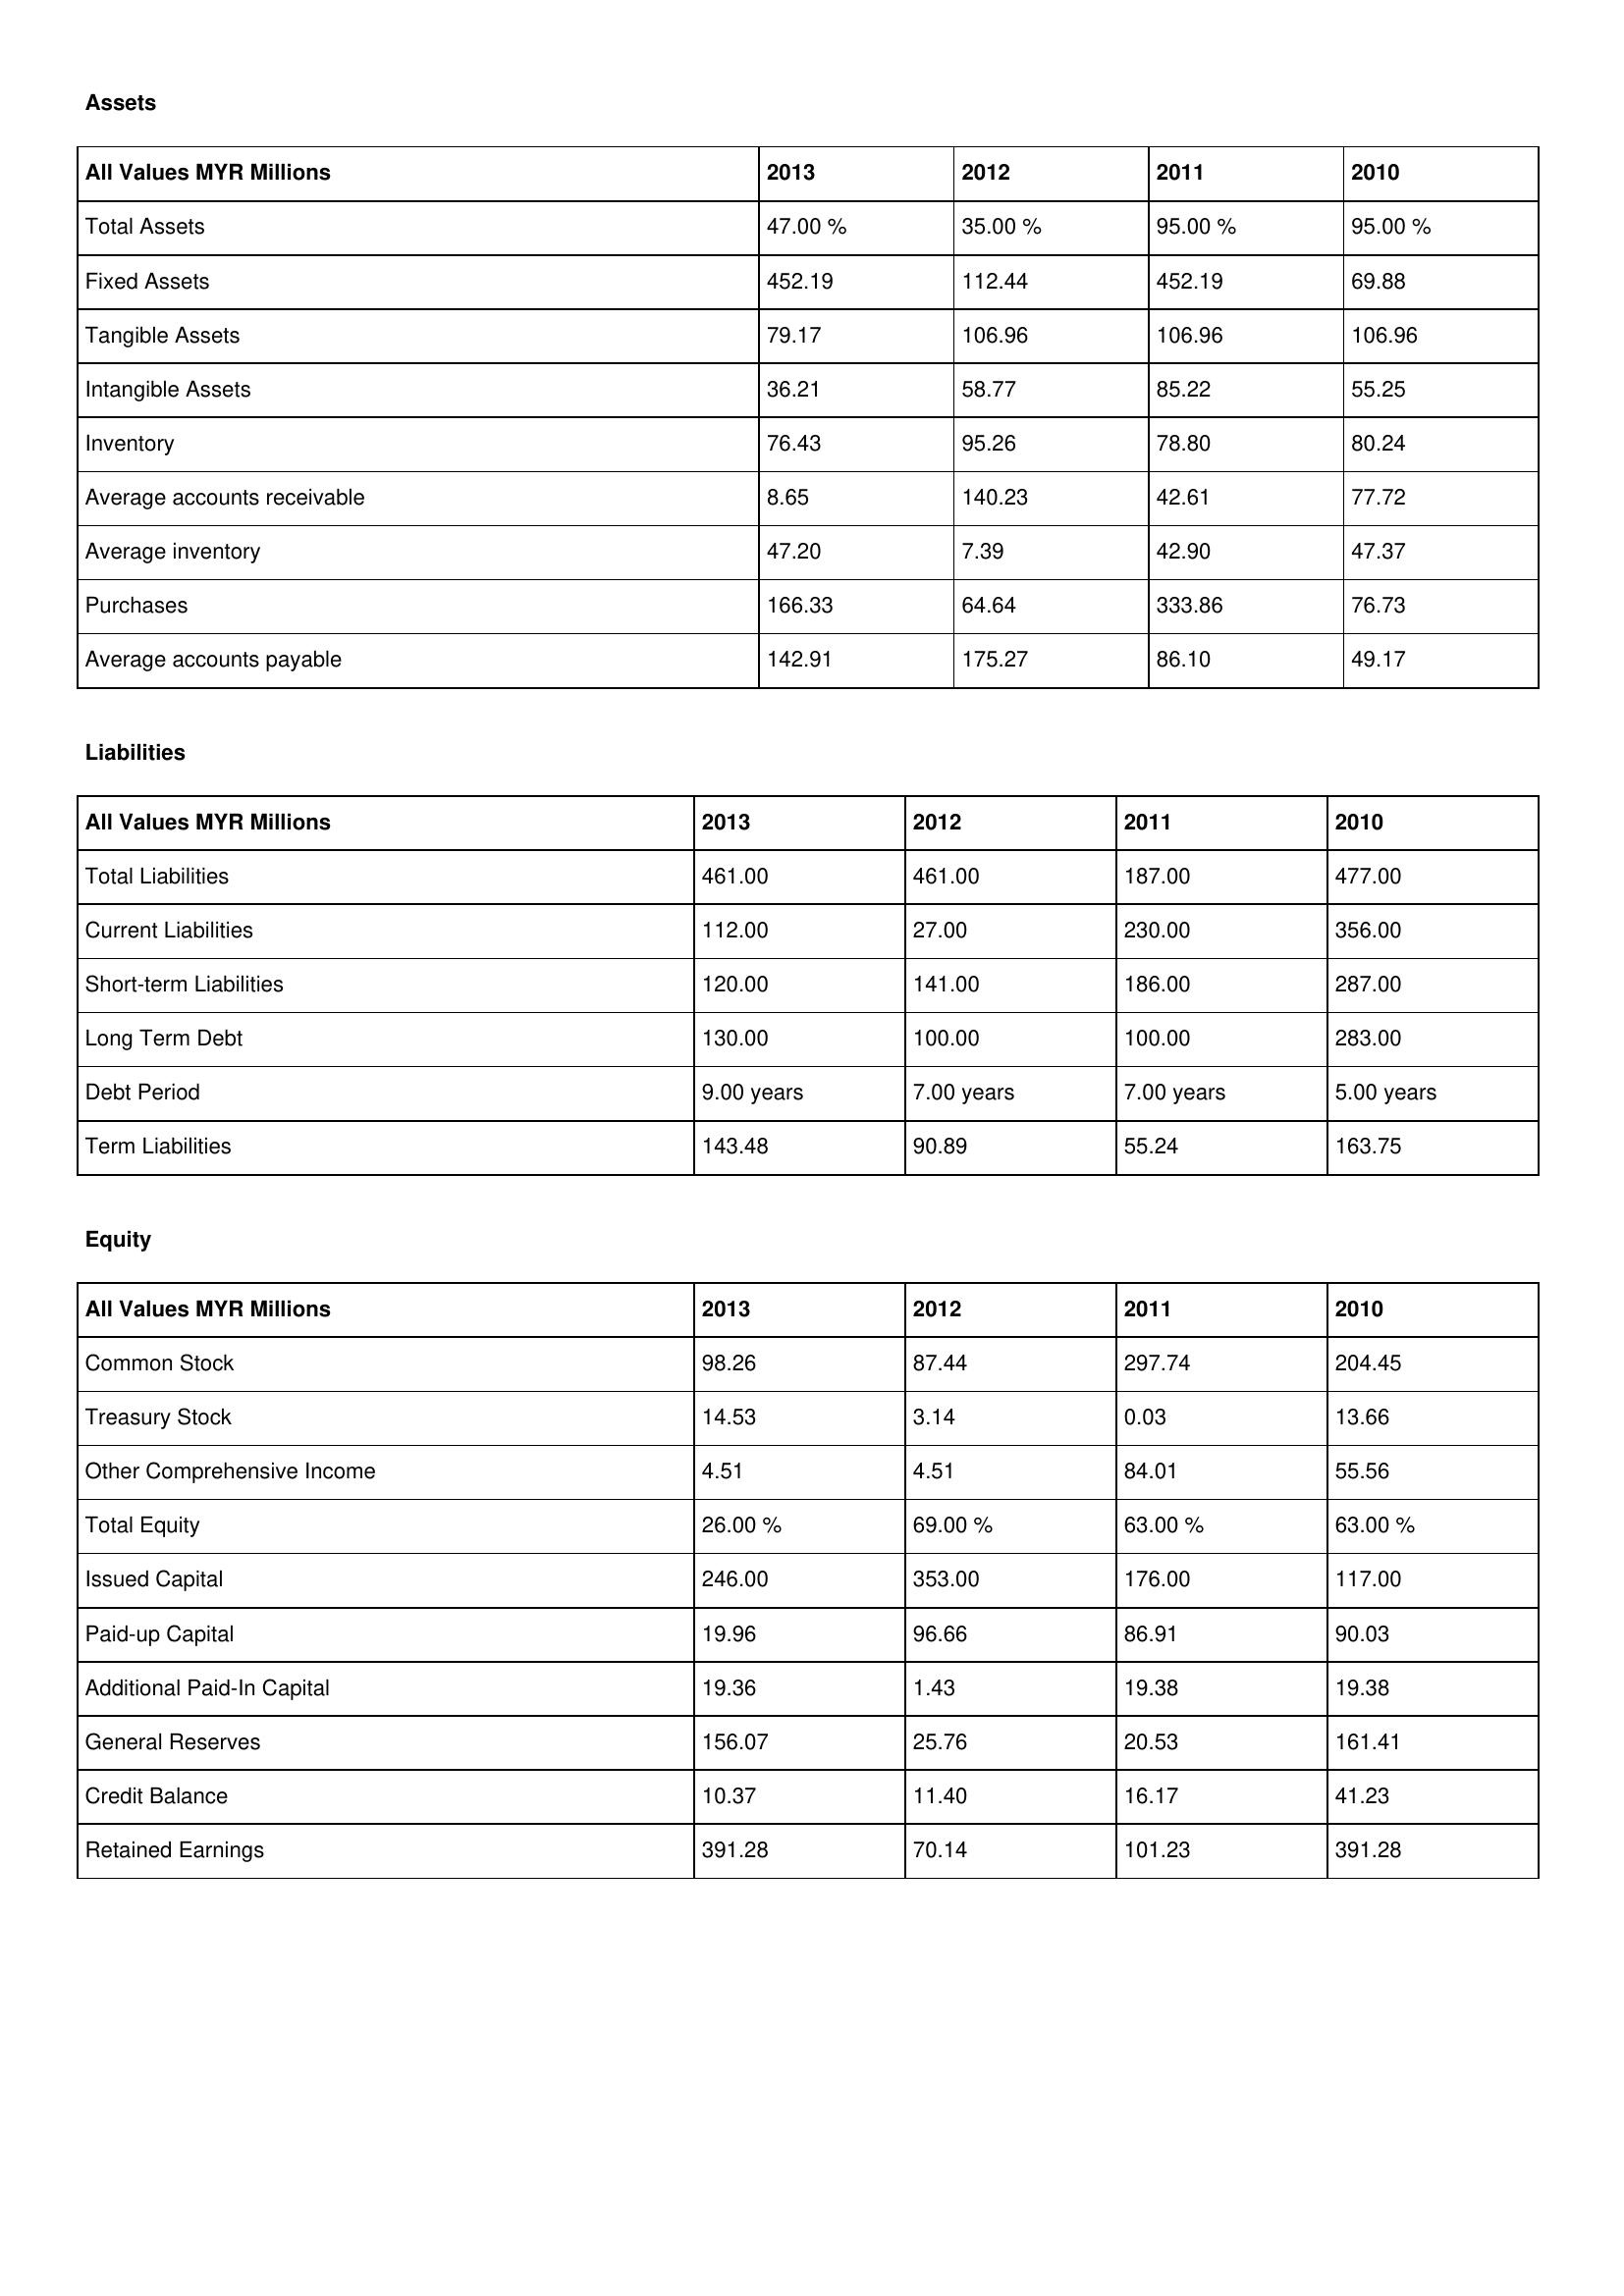
gt_parse: 2013: Assets: Total Assets: 47.00 %
Fixed Assets: 452.19
Tangible Assets: 79.17
Intangible Assets: 36.21
Inventory: 76.43
Average accounts receivable: 8.65
Average inventory: 47.20
Purchases: 166.33
Average accounts payable: 142.91
Liabilities: Total Liabilities: 461.00
Current Liabilities: 112.00
Short-term Liabilities: 120.00
Long Term Debt: 130.00
Debt Period: 9.00 years
Term Liabilities: 143.48
Equity: Common Stock: 98.26
Treasury Stock: 14.53
Other Comprehensive Income: 4.51
Total Equity: 26.00 %
Issued Capital: 246.00
Paid-up Capital: 19.96
Additional Paid-In Capital: 19.36
General Reserves: 156.07
Credit Balance: 10.37
Retained Earnings: 391.28
2012: Assets: Total Assets: 35.00 %
Fixed Assets: 112.44
Tangible Assets: 106.96
Intangible Assets: 58.77
Inventory: 95.26
Average accounts receivable: 140.23
Average inventory: 7.39
Purchases: 64.64
Average accounts payable: 175.27
Liabilities: Total Liabilities: 461.00
Current Liabilities: 27.00
Short-term Liabilities: 141.00
Long Term Debt: 100.00
Debt Period: 7.00 years
Term Liabilities: 90.89
Equity: Common Stock: 87.44
Treasury Stock: 3.14
Other Comprehensive Income: 4.51
Total Equity: 69.00 %
Issued Capital: 353.00
Paid-up Capital: 96.66
Additional Paid-In Capital: 1.43
General Reserves: 25.76
Credit Balance: 11.40
Retained Earnings: 70.14
2011: Assets: Total Assets: 95.00 %
Fixed Assets: 452.19
Tangible Assets: 106.96
Intangible Assets: 85.22
Inventory: 78.80
Average accounts receivable: 42.61
Average inventory: 42.90
Purchases: 333.86
Average accounts payable: 86.10
Liabilities: Total Liabilities: 187.00
Current Liabilities: 230.00
Short-term Liabilities: 186.00
Long Term Debt: 100.00
Debt Period: 7.00 years
Term Liabilities: 55.24
Equity: Common Stock: 297.74
Treasury Stock: 0.03
Other Comprehensive Income: 84.01
Total Equity: 63.00 %
Issued Capital: 176.00
Paid-up Capital: 86.91
Additional Paid-In Capital: 19.38
General Reserves: 20.53
Credit Balance: 16.17
Retained Earnings: 101.23
2010: Assets: Total Assets: 95.00 %
Fixed Assets: 69.88
Tangible Assets: 106.96
Intangible Assets: 55.25
Inventory: 80.24
Average accounts receivable: 77.72
Average inventory: 47.37
Purchases: 76.73
Average accounts payable: 49.17
Liabilities: Total Liabilities: 477.00
Current Liabilities: 356.00
Short-term Liabilities: 287.00
Long Term Debt: 283.00
Debt Period: 5.00 years
Term Liabilities: 163.75
Equity: Common Stock: 204.45
Treasury Stock: 13.66
Other Comprehensive Income: 55.56
Total Equity: 63.00 %
Issued Capital: 117.00
Paid-up Capital: 90.03
Additional Paid-In Capital: 19.38
General Reserves: 161.41
Credit Balance: 41.23
Retained Earnings: 391.28